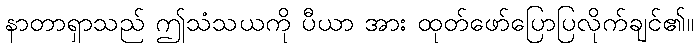
နာတာရှာသည် ဤသံသယကို ပီယာ အား ထုတ်ဖော်ပြောပြလိုက်ချင်၏။